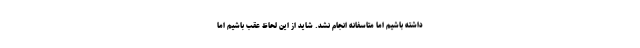
داشته باشیم اما متاسفانه انجام نشد. شاید از این لحاظ عقب باشیم اما